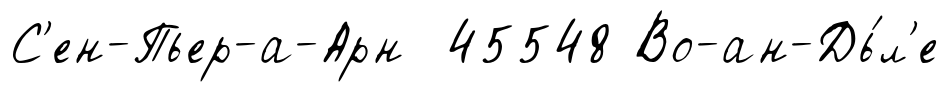
С'ен-Пьер-а-Арн 45548 Во-ан-Дь́л'е